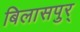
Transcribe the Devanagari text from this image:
बिलासपुर्